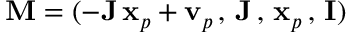
{ \mathbf M } = ( - { \mathbf J } \, { \mathbf x } _ { p } + { \mathbf v } _ { p } \, , \, { \mathbf J } \, , \, { \mathbf x } _ { p } \, , \, { \mathbf I } )